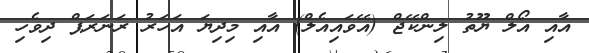
އާއި އޯލް ޔޫތު ލިންކޭޖް (އޭވައިއެލް) އާއި މިދިޔަ އަހަރު ރަނަރަޕް ދިވެހި